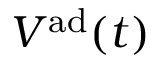
V ^ { \mathrm { a d } } ( t )